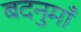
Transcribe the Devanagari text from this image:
बदनुमाँ